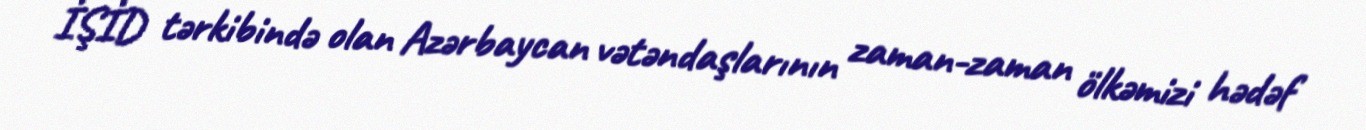
İŞİD tərkibində olan Azərbaycan vətəndaşlarının zaman-zaman ölkəmizi hədəf